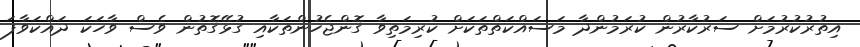
އިތުރުކުރުމަށް ސަރުކާރުން ކުރަމުންދާ މަސައްކަތްތަކަށް ކުރިމަތިވާ ގޮންޖެހުންތަކާއި ގުޅޭގޮތުން ވެސް ވާހަކަ ދައްކަވާފަ